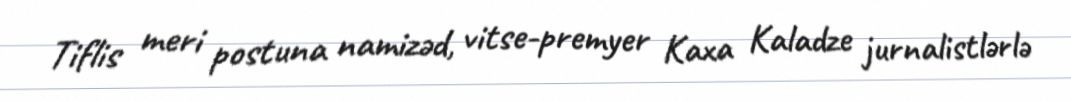
Tiflis meri postuna namizəd, vitse-premyer Kaxa Kaladze jurnalistlərlə